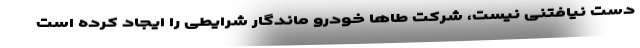
دست نیافتنی نیست، شرکت طاها خودرو ماندگار شرایطی را ایجاد کرده است